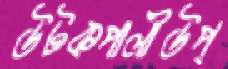
উটকপালীউপ্